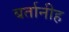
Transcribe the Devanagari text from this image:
बर्तानीह